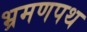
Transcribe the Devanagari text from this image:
भ्रमणपथ